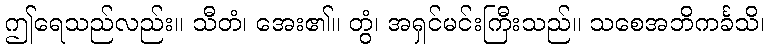
ဤရေသည်လည်း။ သီတံ၊ အေး၏။ တွံ၊ အရှင်မင်းကြီးသည်။ သစေအဘိကင်္ခသိ၊